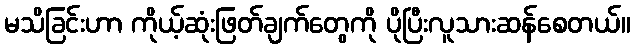
မသိခြင်းဟာ ကိုယ့်ဆုံးဖြတ်ချက်တွေကို ပိုပြီးလူသားဆန်စေတယ်။